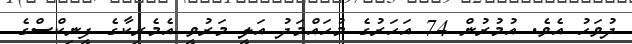
ދުވަހު އެވެ. އުމުރުން 74 އަހަރުގެ މުހައްމަދު އަލީ މަރުވީ އެމެރިކާގެ ފީނިކްސްގެ